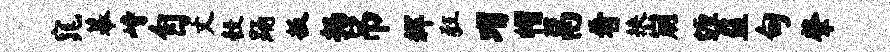
窕幕峙自丈彀踊扳扬吊辉狂瑁帽鬲肴挟崩缠益甸肇